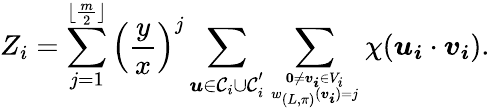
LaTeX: Z_{i}=\sum_{j=1}^{\lfloor\frac{m}{2}\rfloor}\left(\frac{y}{x}\right)^{j}\sum_{\boldsymbol{u}\in\mathcal{C}_{i}\cup\mathcal{C}_{i}^{'}}\sum_{\textbf{0}\neq\boldsymbol{v_{i}}\in V_{i}\atop w_{(L,\pi)}(\boldsymbol{v_{i}})=j}\chi(\boldsymbol{u_{i}}\cdot\boldsymbol{v_{i}}).